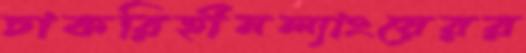
চাকরিহীনল্যাংয়েরর